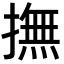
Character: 撫